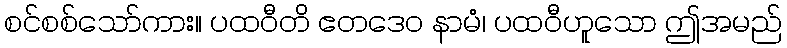
စင်စစ်သော်ကား။ ပထဝီတိ ဧတဒေဝ နာမံ၊ ပထဝီဟူသော ဤအမည်